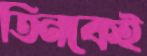
তিনকেই